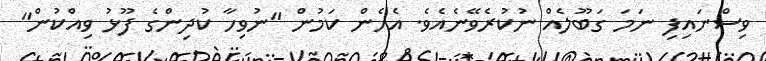
ވިސްނައިފި ނަމަ ގަބޫލެއް ނުކުރެވޭނެއެވެ. އެހެން ކަމުން "ނުވިހާ ކުދިންގެ ފޫޅު ވިއްކުން"